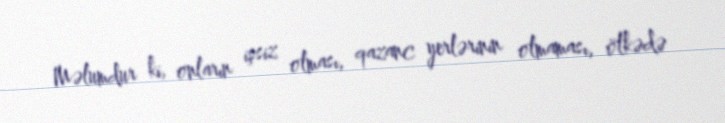
Məlumdur ki, onların işsiz olması, qazanc yerlərinin olmaması, ölkədə